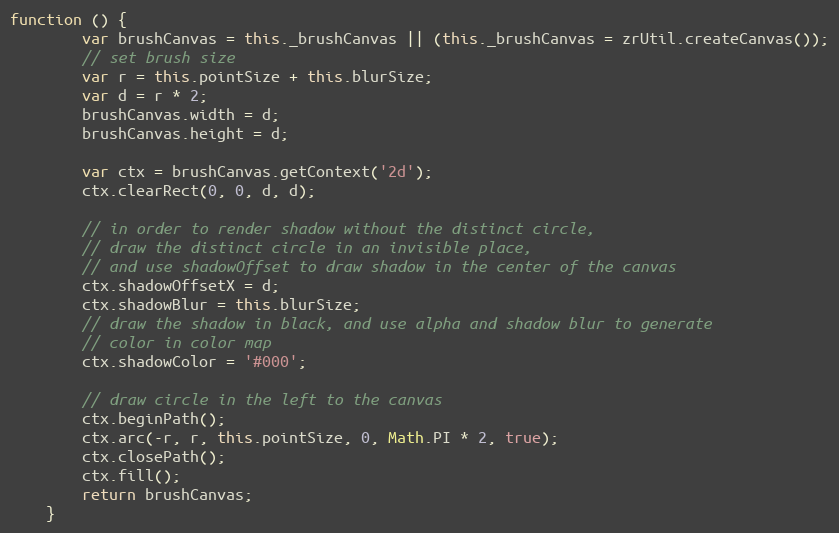
Language: JavaScript
function () {
        var brushCanvas = this._brushCanvas || (this._brushCanvas = zrUtil.createCanvas());
        // set brush size
        var r = this.pointSize + this.blurSize;
        var d = r * 2;
        brushCanvas.width = d;
        brushCanvas.height = d;

        var ctx = brushCanvas.getContext('2d');
        ctx.clearRect(0, 0, d, d);

        // in order to render shadow without the distinct circle,
        // draw the distinct circle in an invisible place,
        // and use shadowOffset to draw shadow in the center of the canvas
        ctx.shadowOffsetX = d;
        ctx.shadowBlur = this.blurSize;
        // draw the shadow in black, and use alpha and shadow blur to generate
        // color in color map
        ctx.shadowColor = '#000';

        // draw circle in the left to the canvas
        ctx.beginPath();
        ctx.arc(-r, r, this.pointSize, 0, Math.PI * 2, true);
        ctx.closePath();
        ctx.fill();
        return brushCanvas;
    }